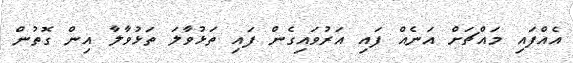
އެއްފައި މައްޗަށް އަނެއް ފައި އަރުވައިގެން ފައި ތަޅުވާލަ ތަޅުވާލާ އިން ގޮތުން